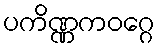
ပကိဏ္ဏကဝဂ္ဂေ